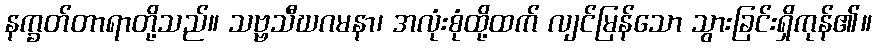
နက္ခတ်တာရာတို့သည်။ သဗ္ဗသီဃဂမနာ၊ အလုံးစုံထို့ထက် လျင်မြန်သော သွားခြင်းရှိကုန်၏။